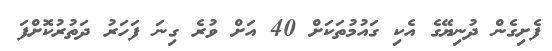
ފެށިގެން ދުނިޔޭގެ އެކި ގައުމުތަކަށް 40 އަށް ވުރެ ގިނަ ފަހަރު ދަތުރުކޮށްފަ